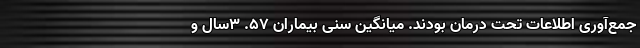
جمع‌آوری اطلاعات تحت درمان بودند. میانگین سنی بیماران ۵۷. ۳سال و